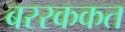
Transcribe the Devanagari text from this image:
बररककत